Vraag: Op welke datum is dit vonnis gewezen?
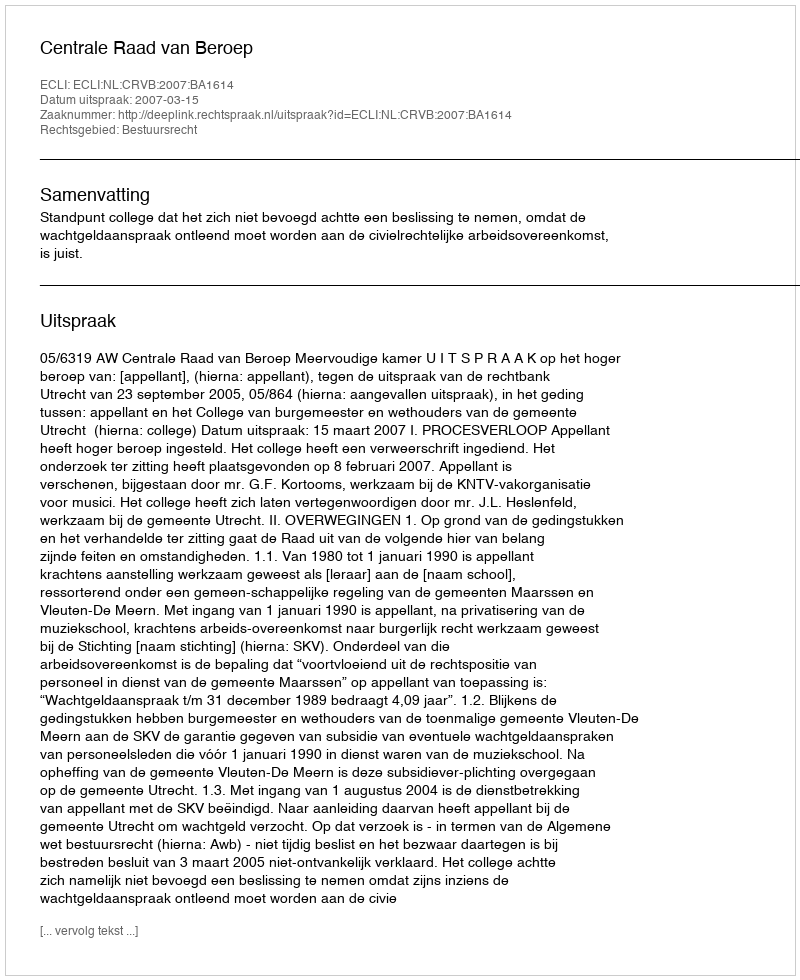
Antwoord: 2007-03-15